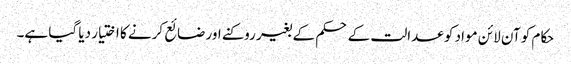
حکام کو آن لائن مواد کو عدالت کے حکم کے بغیر روکنے اور ضائع کرنے کا اختیار دیا گیا ہے۔